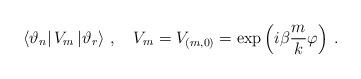
LaTeX: \begin{align*}\left\langle \vartheta _{n}\right| V_{m}\left| \vartheta_{r}\right\rangle \,,\quad V_{m}=V_{(m,0)}=\exp \left( {i\beta }\frac{m}{k}\varphi \right) \: .\end{align*}